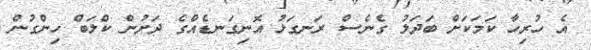
އެ ހުރިހާ ކަމަކަށް ބަދަލު ގެނެސް ރަނގަޅު އޮނިގަނޑެއްގެ ދަށުން ކްލަބް ހިންގުން